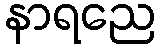
နာရညေ